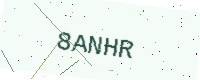
Text: 8ANHR